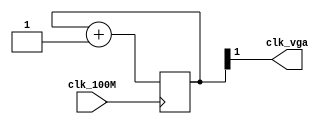
`timescale 1ns / 1ps
//////////////////////////////////////////////////////////////////////////////////
// Company: 
// Engineer: 
// 
// Design Name: 
// Module Name: VRAM
// Project Name: 
// Target Devices: 
// Tool Versions: 
// Description: 
// 
// Dependencies: 
// 
// Revision:
// Revision 0.01 - File Created
// Additional Comments:
// 
//////////////////////////////////////////////////////////////////////////////////


module CLK_div(
    input clk_100M,
    output clk_vga
    );
    reg [31:0] cnt=0;
        
    assign clk_vga = cnt[1];
    
    always @(posedge clk_100M) cnt <= cnt + 1;
endmodule